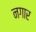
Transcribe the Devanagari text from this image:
नगार